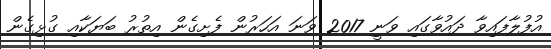
އުފުލާފައިވާ ދައުވާގައި ވަނީ 2017 ވަނަ އަހަރުން ފެށިގެން އިތުރު ބަޔަކާއި ގުޅިގެން